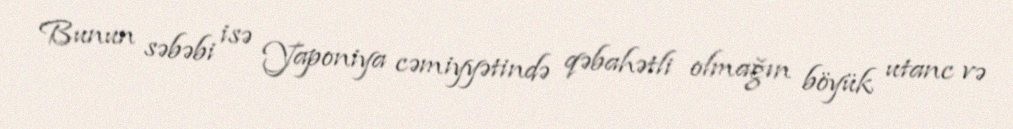
Bunun səbəbi isə Yaponiya cəmiyyətində qəbahətli olmağın böyük utanc və